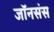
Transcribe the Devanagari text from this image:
जॉनसंस